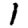
Digit: 1